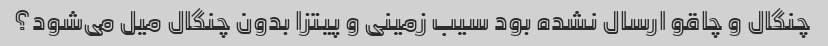
چنگال و چاقو ارسال نشده بود سیب زمینی و پیتزا بدون چنگال میل می‌شود؟